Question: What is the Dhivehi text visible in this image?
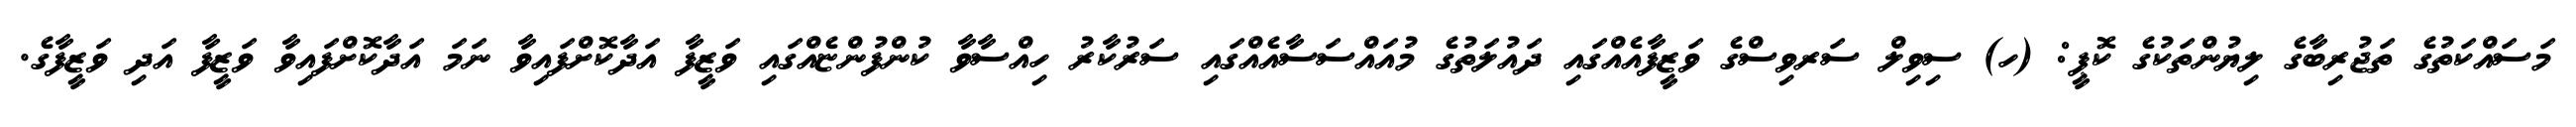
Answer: މަސައްކަތުގެ ތަޖުރިބާގެ ލިޔުންތަކުގެ ކޮޕީ: (ހ) ސިވިލް ސަރވިސްގެ ވަޒީފާއެއްގައި ދައުލަތުގެ މުއައްސަސާއެއްގައި ސަރުކާރު ހިއްސާވާ ކުންފުންޏެއްގައި ވަޒީފާ އަދާކޮށްފައިވާ ނަމަ އަދާކޮށްފައިވާ ވަޒީފާ އަދި ވަޒީފާގެ.